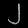
Digit: ၂